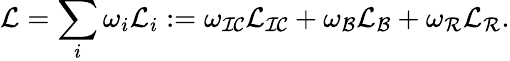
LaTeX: \mathcal{L}=\sum_{i}\omega_{i}\mathcal{L}_{i}:=\omega_{\mathcal{IC}}\mathcal{L}_{\mathcal{IC}}+\omega_{\mathcal{B}}\mathcal{L}_{\mathcal{B}}+\omega_{\mathcal{R}}\mathcal{L}_{\mathcal{R}}.